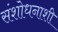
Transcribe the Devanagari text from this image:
संशोधनाशी